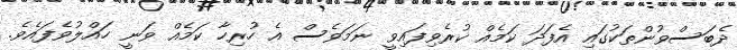
ދެބަސްވުންތަކުގައި އެފަދަ ކަމެއް ކުރެވިފައިވީ ނަމަވެސް އެ ހުރިހާ ކަމެއް ވަނީ ހައްލުވެފައެވެ.